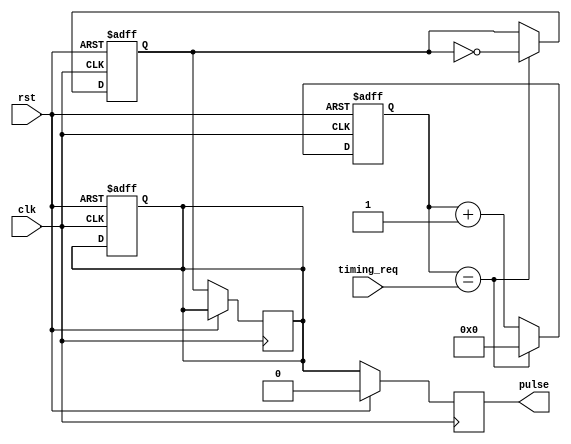
module Asynchronous_Pulse_Generator (
    input wire clk,
    input wire rst,
    input wire timing_req,
    output reg pulse
);

reg [15:0] count;
reg pulse_reg;
reg pulse_out;

always @(posedge clk or posedge rst) begin
    if (rst) begin
        count <= 16'h0000;
        pulse_reg <= 1'b0;
        pulse_out <= 1'b0;
    end else begin
        if (count == timing_req) begin
            pulse_reg <= ~pulse_reg;
            count <= 16'h0000;
        end else begin
            count <= count + 1;
        end
    end
end

always @(posedge clk) begin
    if (rst) begin
        pulse <= 1'b0;
    end else begin
        pulse_out <= pulse_reg;
        pulse <= pulse_out;
    end
end

endmodule